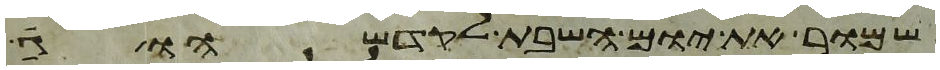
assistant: שמור את יום השבת לקדשהו